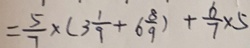
= \frac { 5 } { 7 } \times ( 3 \frac { 1 } { 9 } + 6 \frac { 8 } { 9 } ) + \frac { 6 } { 7 } \times 5